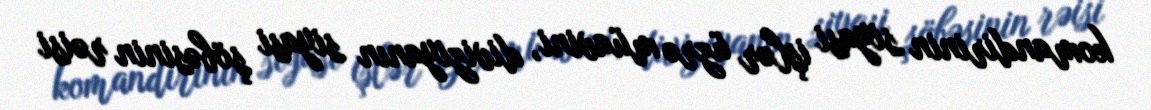
komandirinin siyasi işlər üzrə müavini, diviziyanın siyasi şöbəsinin rəisi